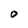
Character: O